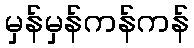
မှန်မှန်ကန်ကန်